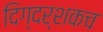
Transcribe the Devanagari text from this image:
दिग्दर्शकच